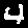
Label: 4